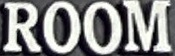
ROOM